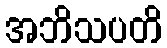
အဘိသပတိ